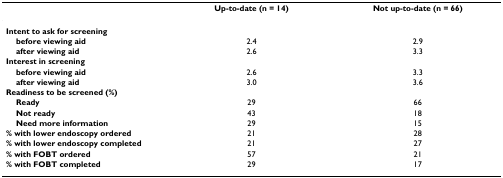
<table><thead><tr><td></td><td><b>Up-to-date (n = 14)</b></td><td><b>Not up-to-date (n = 66)</b></td></tr></thead><tbody><tr><td><b>Intent to ask for screening</b></td><td></td><td></td></tr><tr><td> <b>before viewing aid</b></td><td>2.4</td><td>2.9</td></tr><tr><td> <b>after viewing aid</b></td><td>2.6</td><td>3.3</td></tr><tr><td><b>Interest in screening</b></td><td></td><td></td></tr><tr><td> <b>before viewing aid</b></td><td>2.6</td><td>3.3</td></tr><tr><td> <b>after viewing aid</b></td><td>3.0</td><td>3.6</td></tr><tr><td><b>Readiness to be screened (%)</b></td><td></td><td></td></tr><tr><td> <b>Ready</b></td><td>29</td><td>66</td></tr><tr><td> <b>Not ready</b></td><td>43</td><td>18</td></tr><tr><td> <b>Need more information</b></td><td>29</td><td>15</td></tr><tr><td><b>% with lower endoscopy ordered</b></td><td>21</td><td>28</td></tr><tr><td><b>% with lower endoscopy completed</b></td><td>21</td><td>27</td></tr><tr><td><b>% with FOBT ordered</b></td><td>57</td><td>21</td></tr><tr><td><b>% with FOBT completed</b></td><td>29</td><td>17</td></tr></tbody></table>